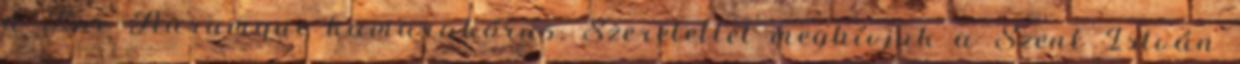
a Lux Aurumque kamarakórus. Szeretettel meghívjuk a Szent István